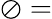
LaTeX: \oslash=